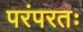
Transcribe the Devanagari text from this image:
परंपरतः